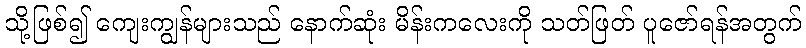
သို့ဖြစ်၍ ကျေးကျွန်များသည် နောက်ဆုံး မိန်းကလေးကို သတ်ဖြတ် ပူဇော်ရန်အတွက်